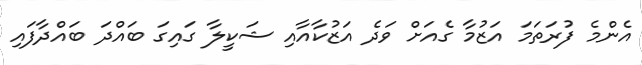
އެންމެ ފުރަތަމަ އަޒުމާ ގެއަށް ވަދެ އަޒުކާއާއި ޝަކީލާ ގައިގަ ބައްދަ ބައްދާފައި